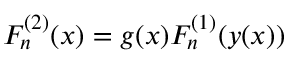
{ \cal F } _ { n } ^ { ( 2 ) } ( x ) = g ( x ) { \cal F } _ { n } ^ { ( 1 ) } ( y ( x ) )